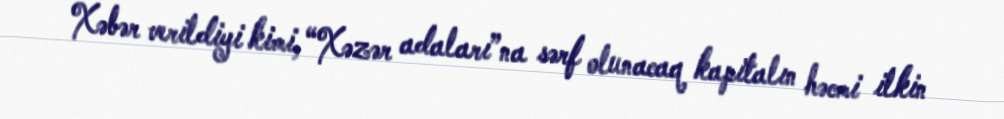
Xəbər verildiyi kimi, “Xəzər adaları”na sərf olunacaq kapitalın həcmi ilkin